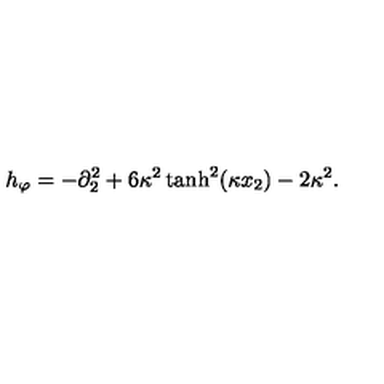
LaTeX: h _ { \varphi } = - \partial _ { 2 } ^ { 2 } + 6 \kappa ^ { 2 } \tanh ^ { 2 } ( \kappa x _ { 2 } ) - 2 \kappa ^ { 2 } .